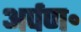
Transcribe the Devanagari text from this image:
अर्पण॰